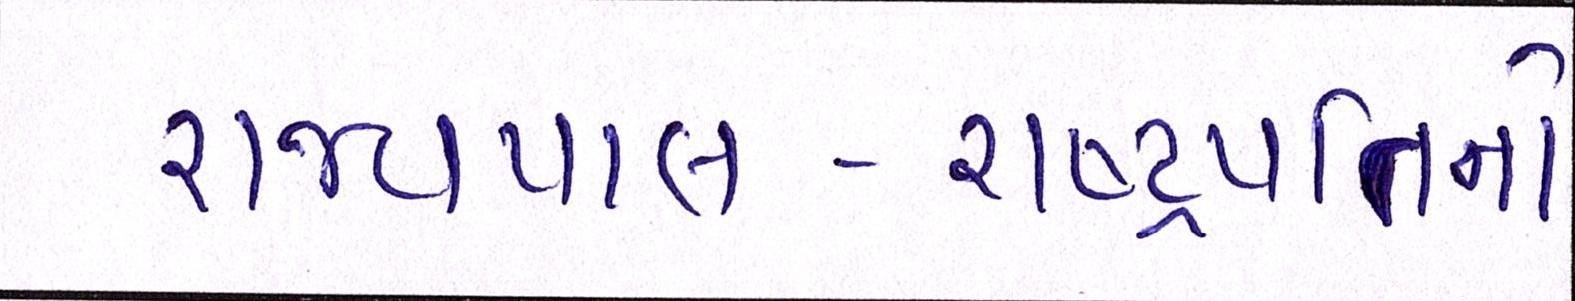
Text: રાજ્યપાલ-રાષ્ટ્રપતિનો